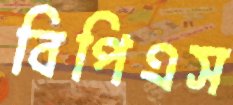
বিপিএস